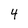
Character: 4